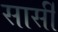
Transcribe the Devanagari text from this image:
सार्सी